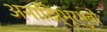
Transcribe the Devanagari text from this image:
अनादिर्भूर्भुवो